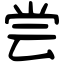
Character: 尝